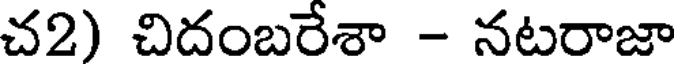
చ2) చిదంబరేశా - నటరాజా